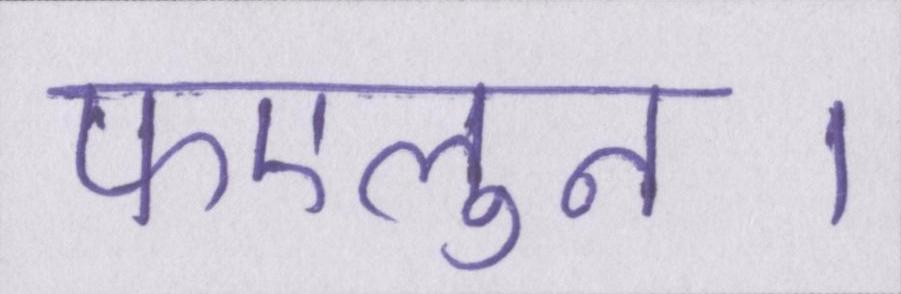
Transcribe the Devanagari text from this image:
फएलुन।